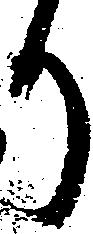
り